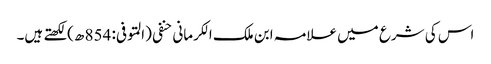
اس کی شرع میں علامہ ابن ملک الکرمانی حنفی (المتوفی: 854 ھ)لکھتے ہیں۔